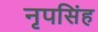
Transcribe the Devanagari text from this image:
नृपसिंह